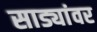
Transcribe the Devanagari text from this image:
साड्यांवर